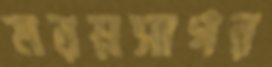
মরম্নসাগর